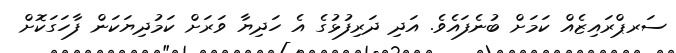
ސަރޕްރައިޒެއް ކަމަށް ބުނެފައެވެ. އަދި ދަރިފުޅުގެ އެ ހަދިޔާ ވަރަށް ކަމުދިޔަކަން ފާހަގަކޮށް